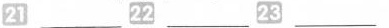
21 ___ 22___ 23___